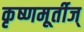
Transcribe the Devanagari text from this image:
कृष्णमूर्तीज्‌